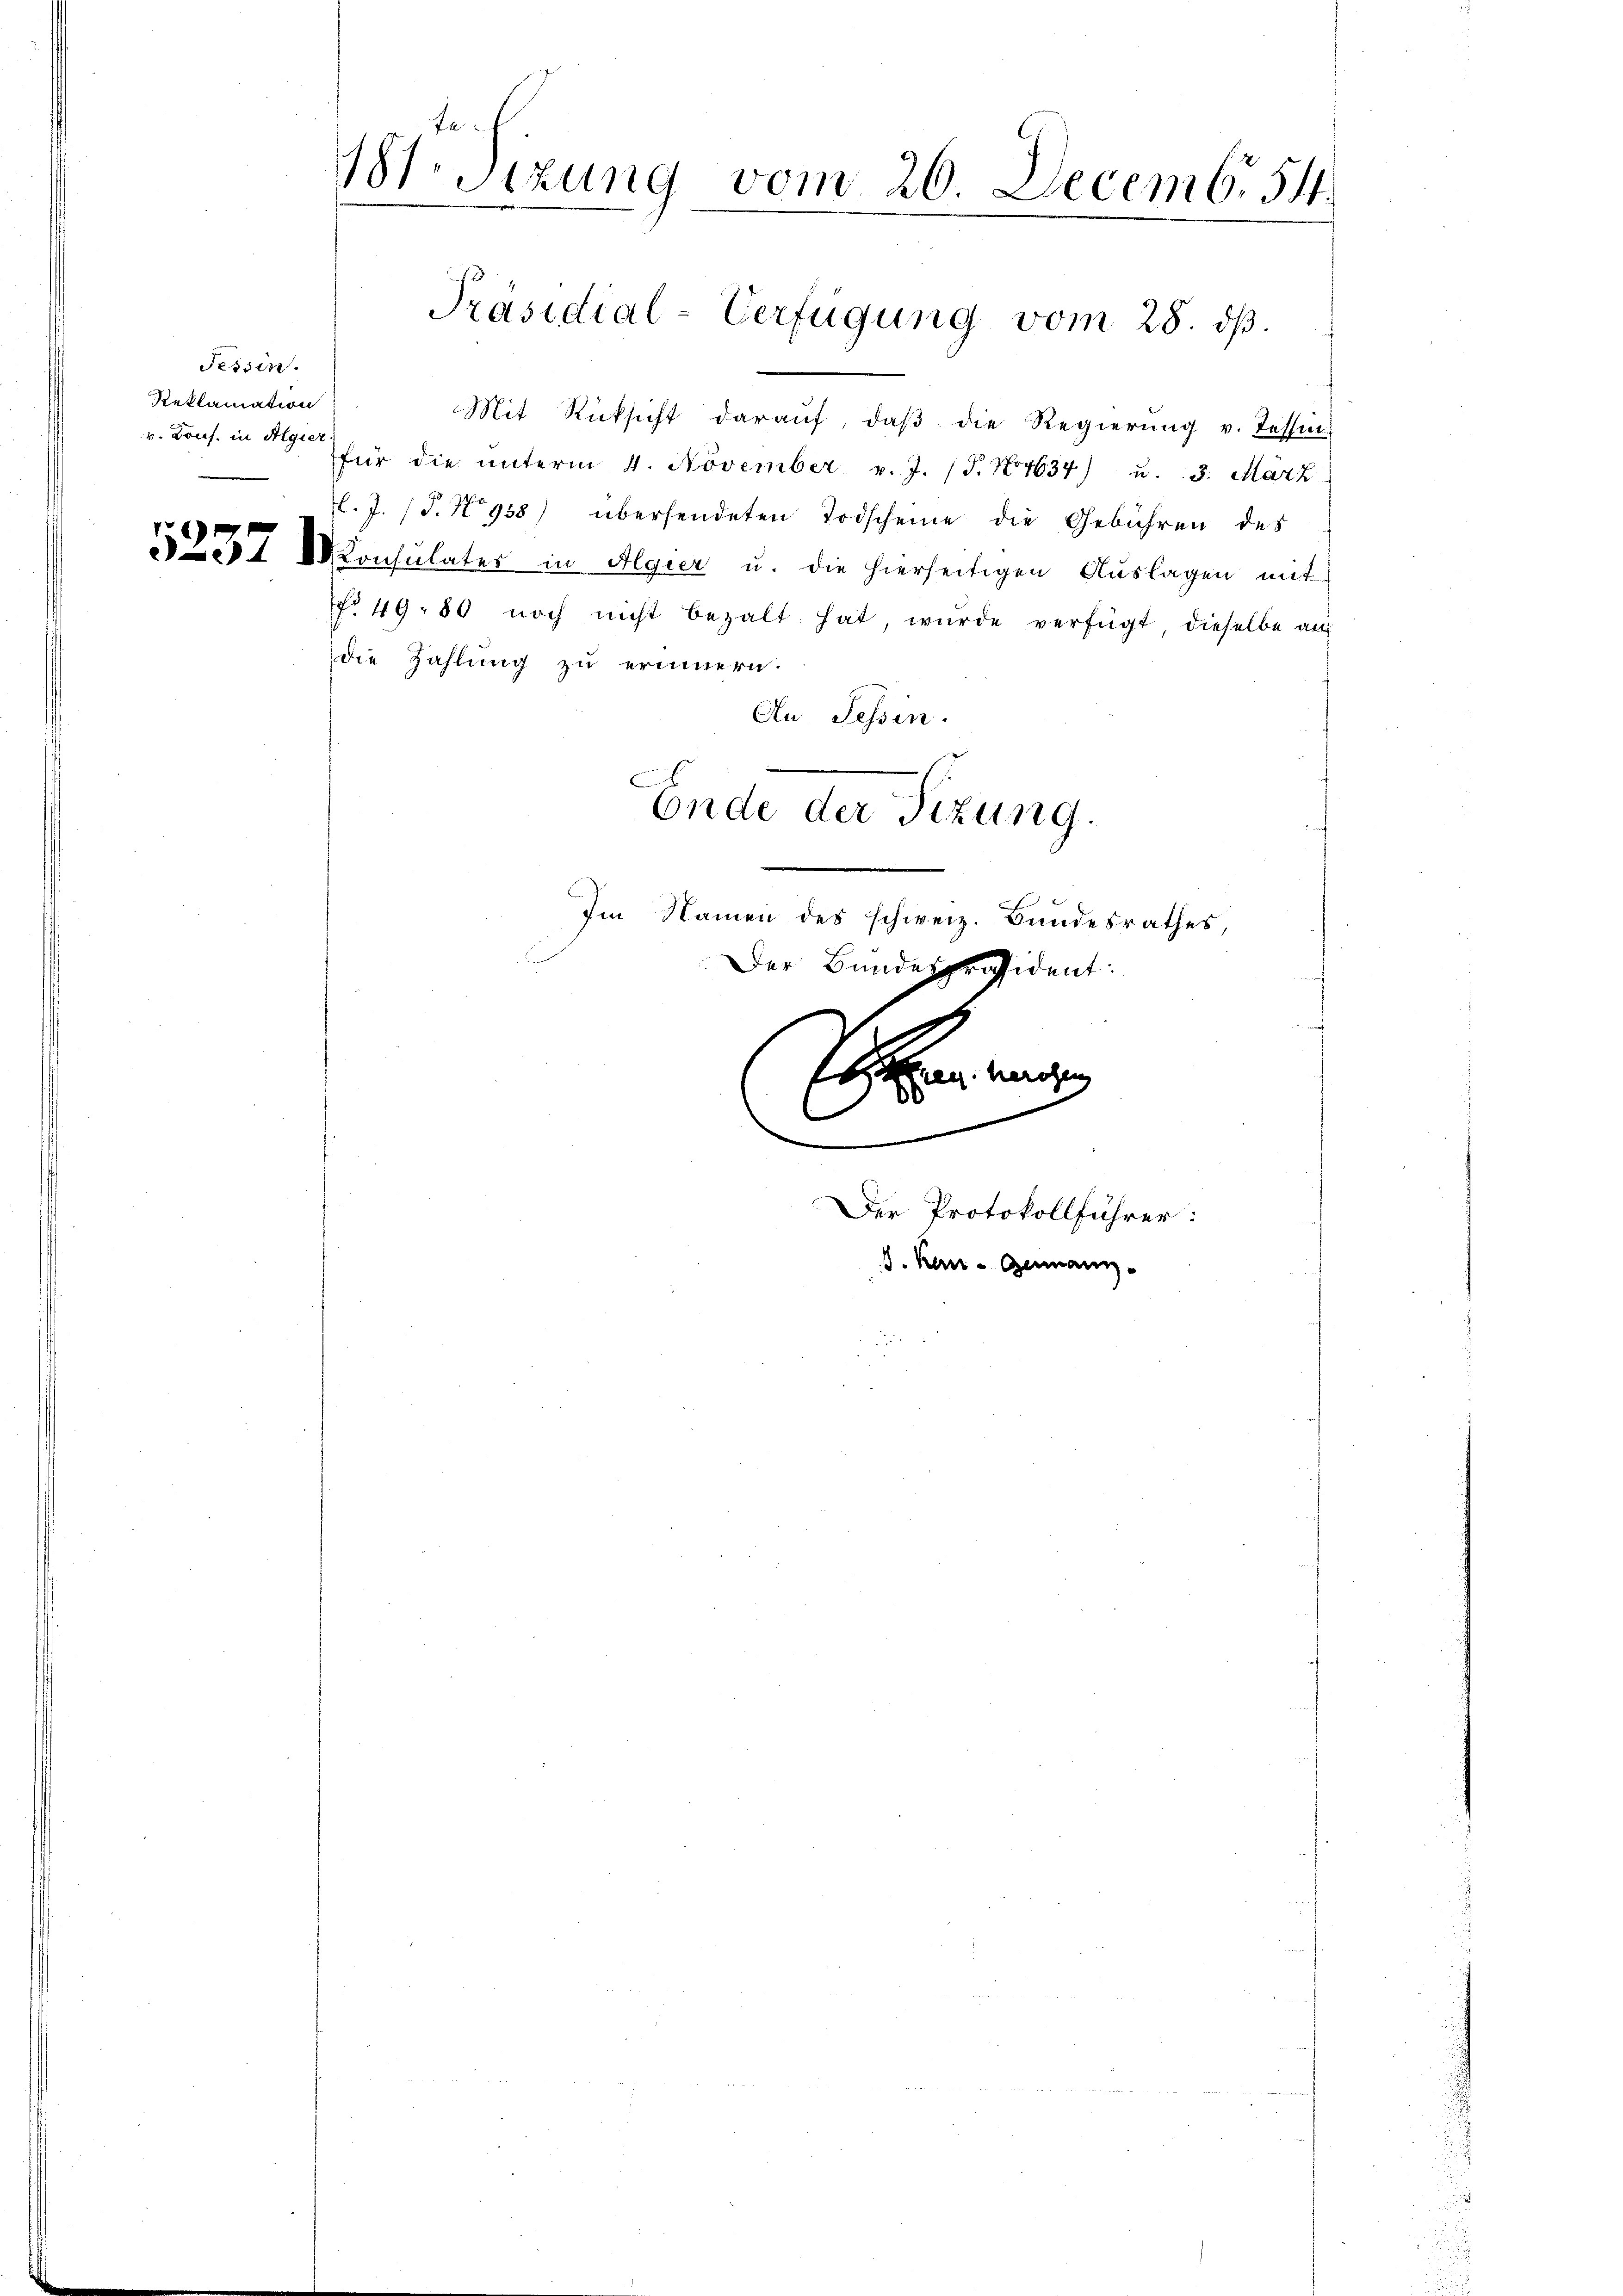
Tessin.
Reklamation
v. Konf. in Algier

181. Sizung vom 26. Decemb. 54.

Mit Rücksicht daraŭf, daβ die Regierŭng v. Tessin
für die ŭnterm 4. November. v. J. (T. No 1634) u. 3. März
l. J. (T. N° 958) übersendeten Todscheine die Gebühren des
537 Monsulater in Algier u. die hierseitigen Auslagen mit
No 49: 80 noch nicht bezalt hat, würde verfügt, dieselbe au
die Zahlung zu erinnern.
Au, Tessin.
Ende der Tizung.
Im Namen des schweiz. Bundesrathes,
Der Bundespräsident:

Präsidial-Verfügung vom 28. ds.

n
Der Protokollführer:
d. Kan - Germann-